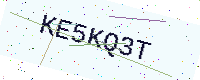
Text: KE5KQ3T